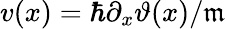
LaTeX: v(x)=\hbar\partial_{x}\vartheta(x)/\mathfrak{m}